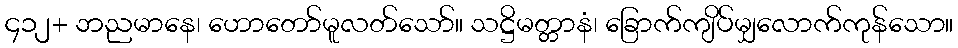
၄၁၂+ ဘညမာနေ၊ ဟောတော်မူလတ်သော်။ သဋ္ဌိမတ္တာနံ၊ ခြောက်ကျိပ်မျှလောက်ကုန်သော။